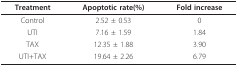
| Treatment | Apoptotic rate(%) | Fold increase |
 | --- | --- | --- |
 | Control | 2.52 ± 0.53 | 0 |
 | UTI | 7.16 ± 1.59 | 1.84 |
 | TAX | 12.35 ± 1.88 | 3.90 |
 | UTI+TAX | 19.64 ± 2.26 | 6.79 |